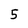
Character: 5